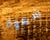
شهوة